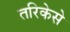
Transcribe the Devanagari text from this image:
तरिकेसे